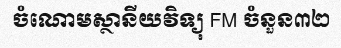
ចំណោមស្ថានីយវិទ្យុ FM ចំនួន៣២